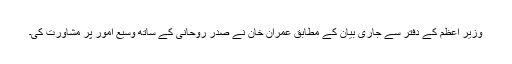
وزیر اعظم کے دفتر سے جاری بیان کے مطابق عمران خان نے صدر روحانی کے ساتھ وسیع امور پر مشاورت کی۔